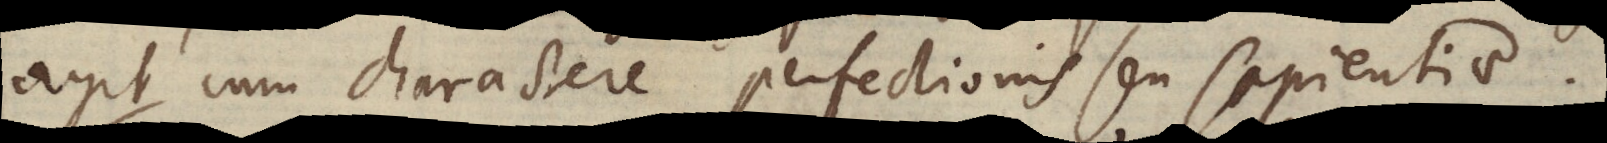
agit cum charactere perfectionis seu sapientiae.